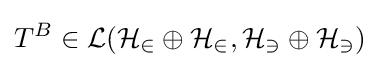
T^{B}\in {\mathcal {L(H_{2}\oplus H_{2},H_{3}\oplus H_{3})}}